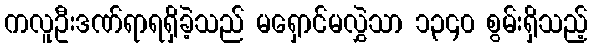
ကလူဦးဒဏ်ရာရရှိခဲ့သည် မရှောင်မလွှဲသာ ၁၃၄၀ စွမ်းရှိသည့်